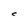
Character: C